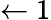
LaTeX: \leftarrow 1